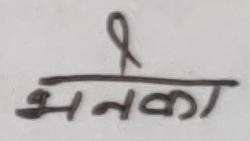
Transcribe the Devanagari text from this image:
भनका